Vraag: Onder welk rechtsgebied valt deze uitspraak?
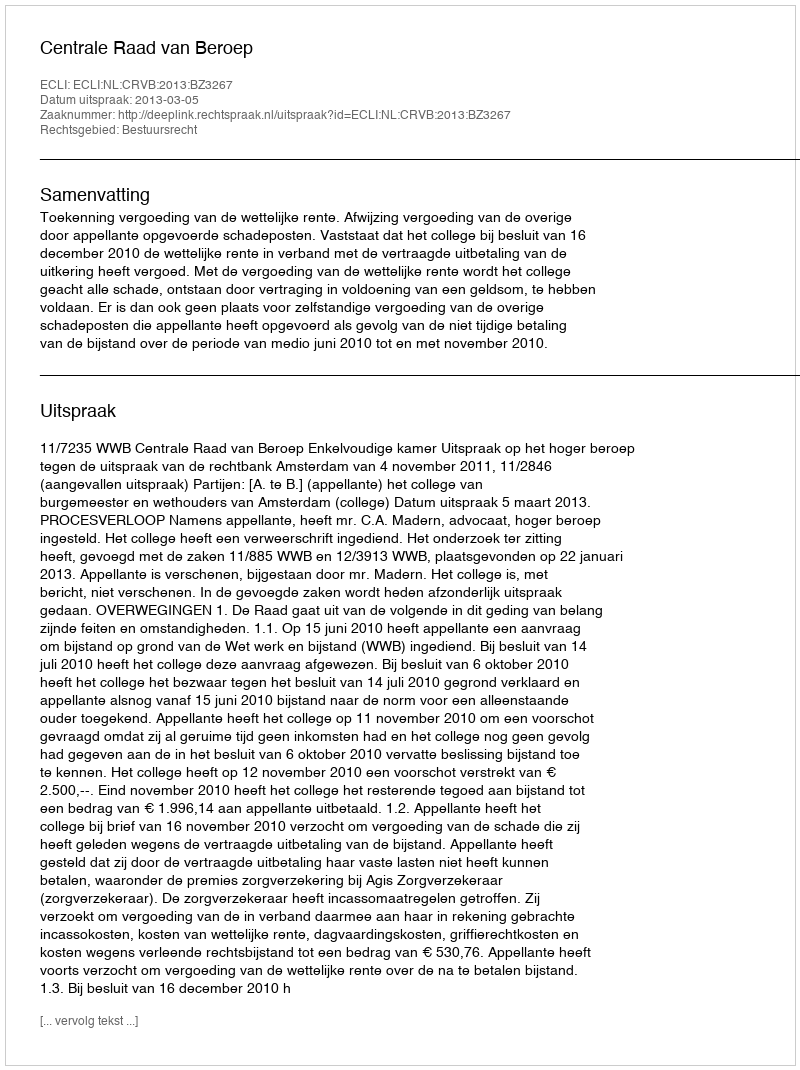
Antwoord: Bestuursrecht